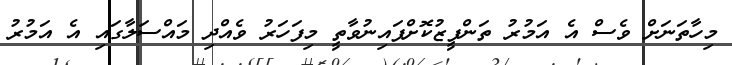
މިހާތަނަށް ވެސް އެ އަމުރު ތަންފީޒުކޮށްފައިނުވާތީ މިފަހަރު ވެއްދި މައްސަލާގައި އެ އަމުރު